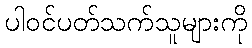
ပါဝင်ပတ်သက်သူများကို